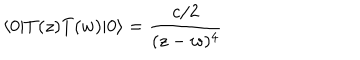
\langle 0 | T ( z ) T ( w ) | 0 \rangle = \frac { c / 2 } { ( z - w ) ^ { 4 } }